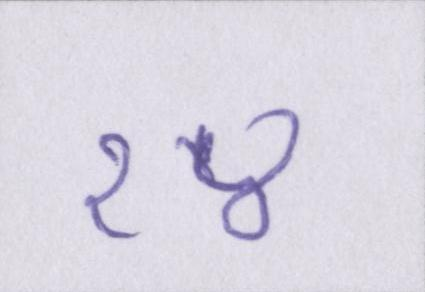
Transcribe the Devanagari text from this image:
१४